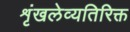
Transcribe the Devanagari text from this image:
शृंखलेव्यतिरिक्त